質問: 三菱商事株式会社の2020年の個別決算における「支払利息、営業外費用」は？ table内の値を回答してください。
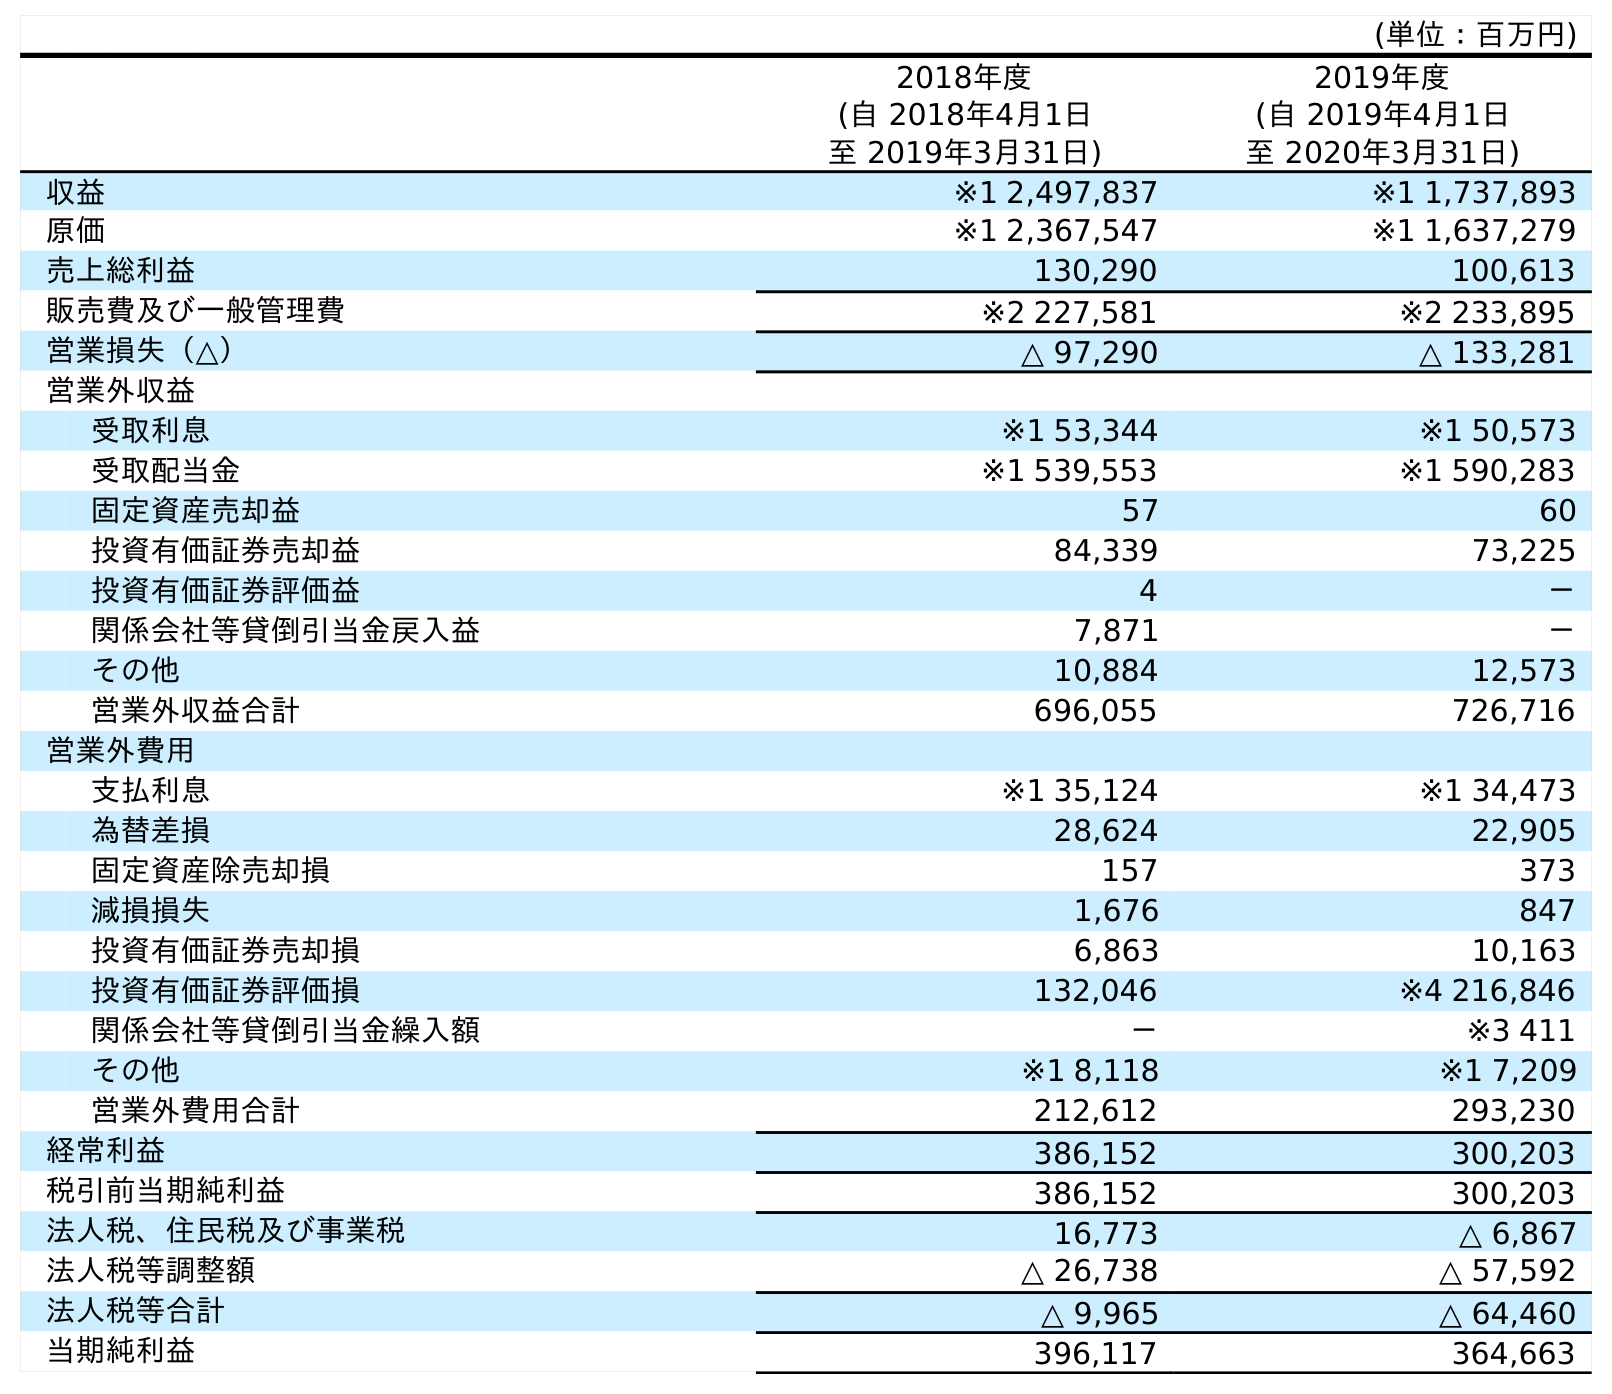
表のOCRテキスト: (単位：百万円) 2018年度 (自 2018年4月1日 至 2019年3月31日) 2019年度 (自 2019年4月1日 至 2020年3月31日) 収益 ※1 2,497,837 ※1 1,737,893 原価 ※1 2,367,547 ※1 1,637,279 売上総利益 130,290 100,613 販売費及び一般管理費 ※2 227,581 ※2 233,895 営業損失（△） △ 97,290 △ 133,281 営業外収益 受取利息 ※1 53,344 ※1 50,573 受取配当金 ※1 539,553 ※1 590,283 固定資産売却益 57 60 投資有価証券売却益 84,339 73,225 投資有価証券評価益 4 － 関係会社等貸倒引当金戻入益 7,871 － その他 10,884 12,573 営業外収益合計 696,055 726,716 営業外費用 支払利息 ※1 35,124 ※1 34,473 為替差損 28,624 22,905 固定資産除売却損 157 373 減損損失 1,676 847 投資有価証券売却損 6,863 10,163 投資有価証券評価損 132,046 ※4 216,846 関係会社等貸倒引当金繰入額 － ※3 411 その他 ※1 8,118 ※1 7,209 営業外費用合計 212,612 293,230 経常利益 386,152 300,203 税引前当期純利益 386,152 300,203 法人税、住民税及び事業税 16,773 △ 6,867 法人税等調整額 △ 26,738 △ 57,592 法人税等合計 △ 9,965 △ 64,460 当期純利益 396,117 364,663
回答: ※134,473